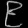
Digit: ၉